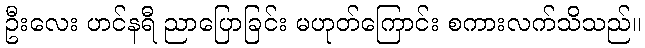
ဦးလေး ဟင်နရီ ညာပြောခြင်း မဟုတ်ကြောင်း စကားလက်သိသည်။